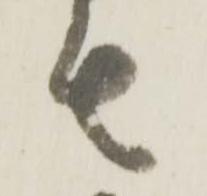
者